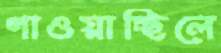
গাওয়াচ্ছিলে